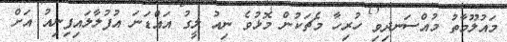
މައުލޫމާތު މުއްސަނދިވި ހުރިހާ މެޗަކުން މޮޅުވެ ނިއު ލީގު އައްޑަނަ އުފުލާލައިފިނިއު އަށް